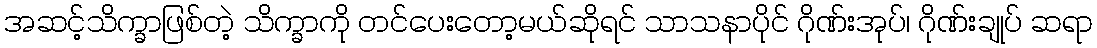
အဆင့်သိက္ခာဖြစ်တဲ့ သိက္ခာကို တင်ပေးတော့မယ်ဆိုရင် သာသနာပိုင် ဂိုဏ်းအုပ်၊ ဂိုဏ်းချုပ် ဆရာ